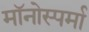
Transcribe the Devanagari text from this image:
मॉनोस्पर्मा